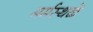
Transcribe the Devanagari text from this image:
मर्मस्थळे